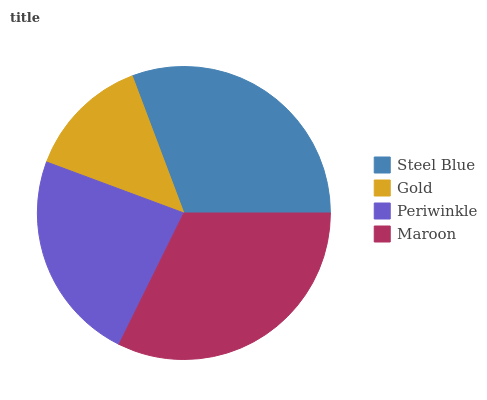
| Steel Blue | Gold | Periwinkle | Maroon |
 | --- | --- | --- | --- |
 | 30.7% | 13.6% | 23.4% | 32.3% |